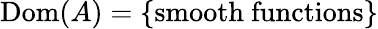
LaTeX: \operatorname{Dom}(A)=\left\{ {\mathrm{smooth~functions}}\right\}